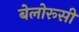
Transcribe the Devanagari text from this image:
बेलोरूसी